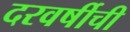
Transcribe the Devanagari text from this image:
दरवर्षीची